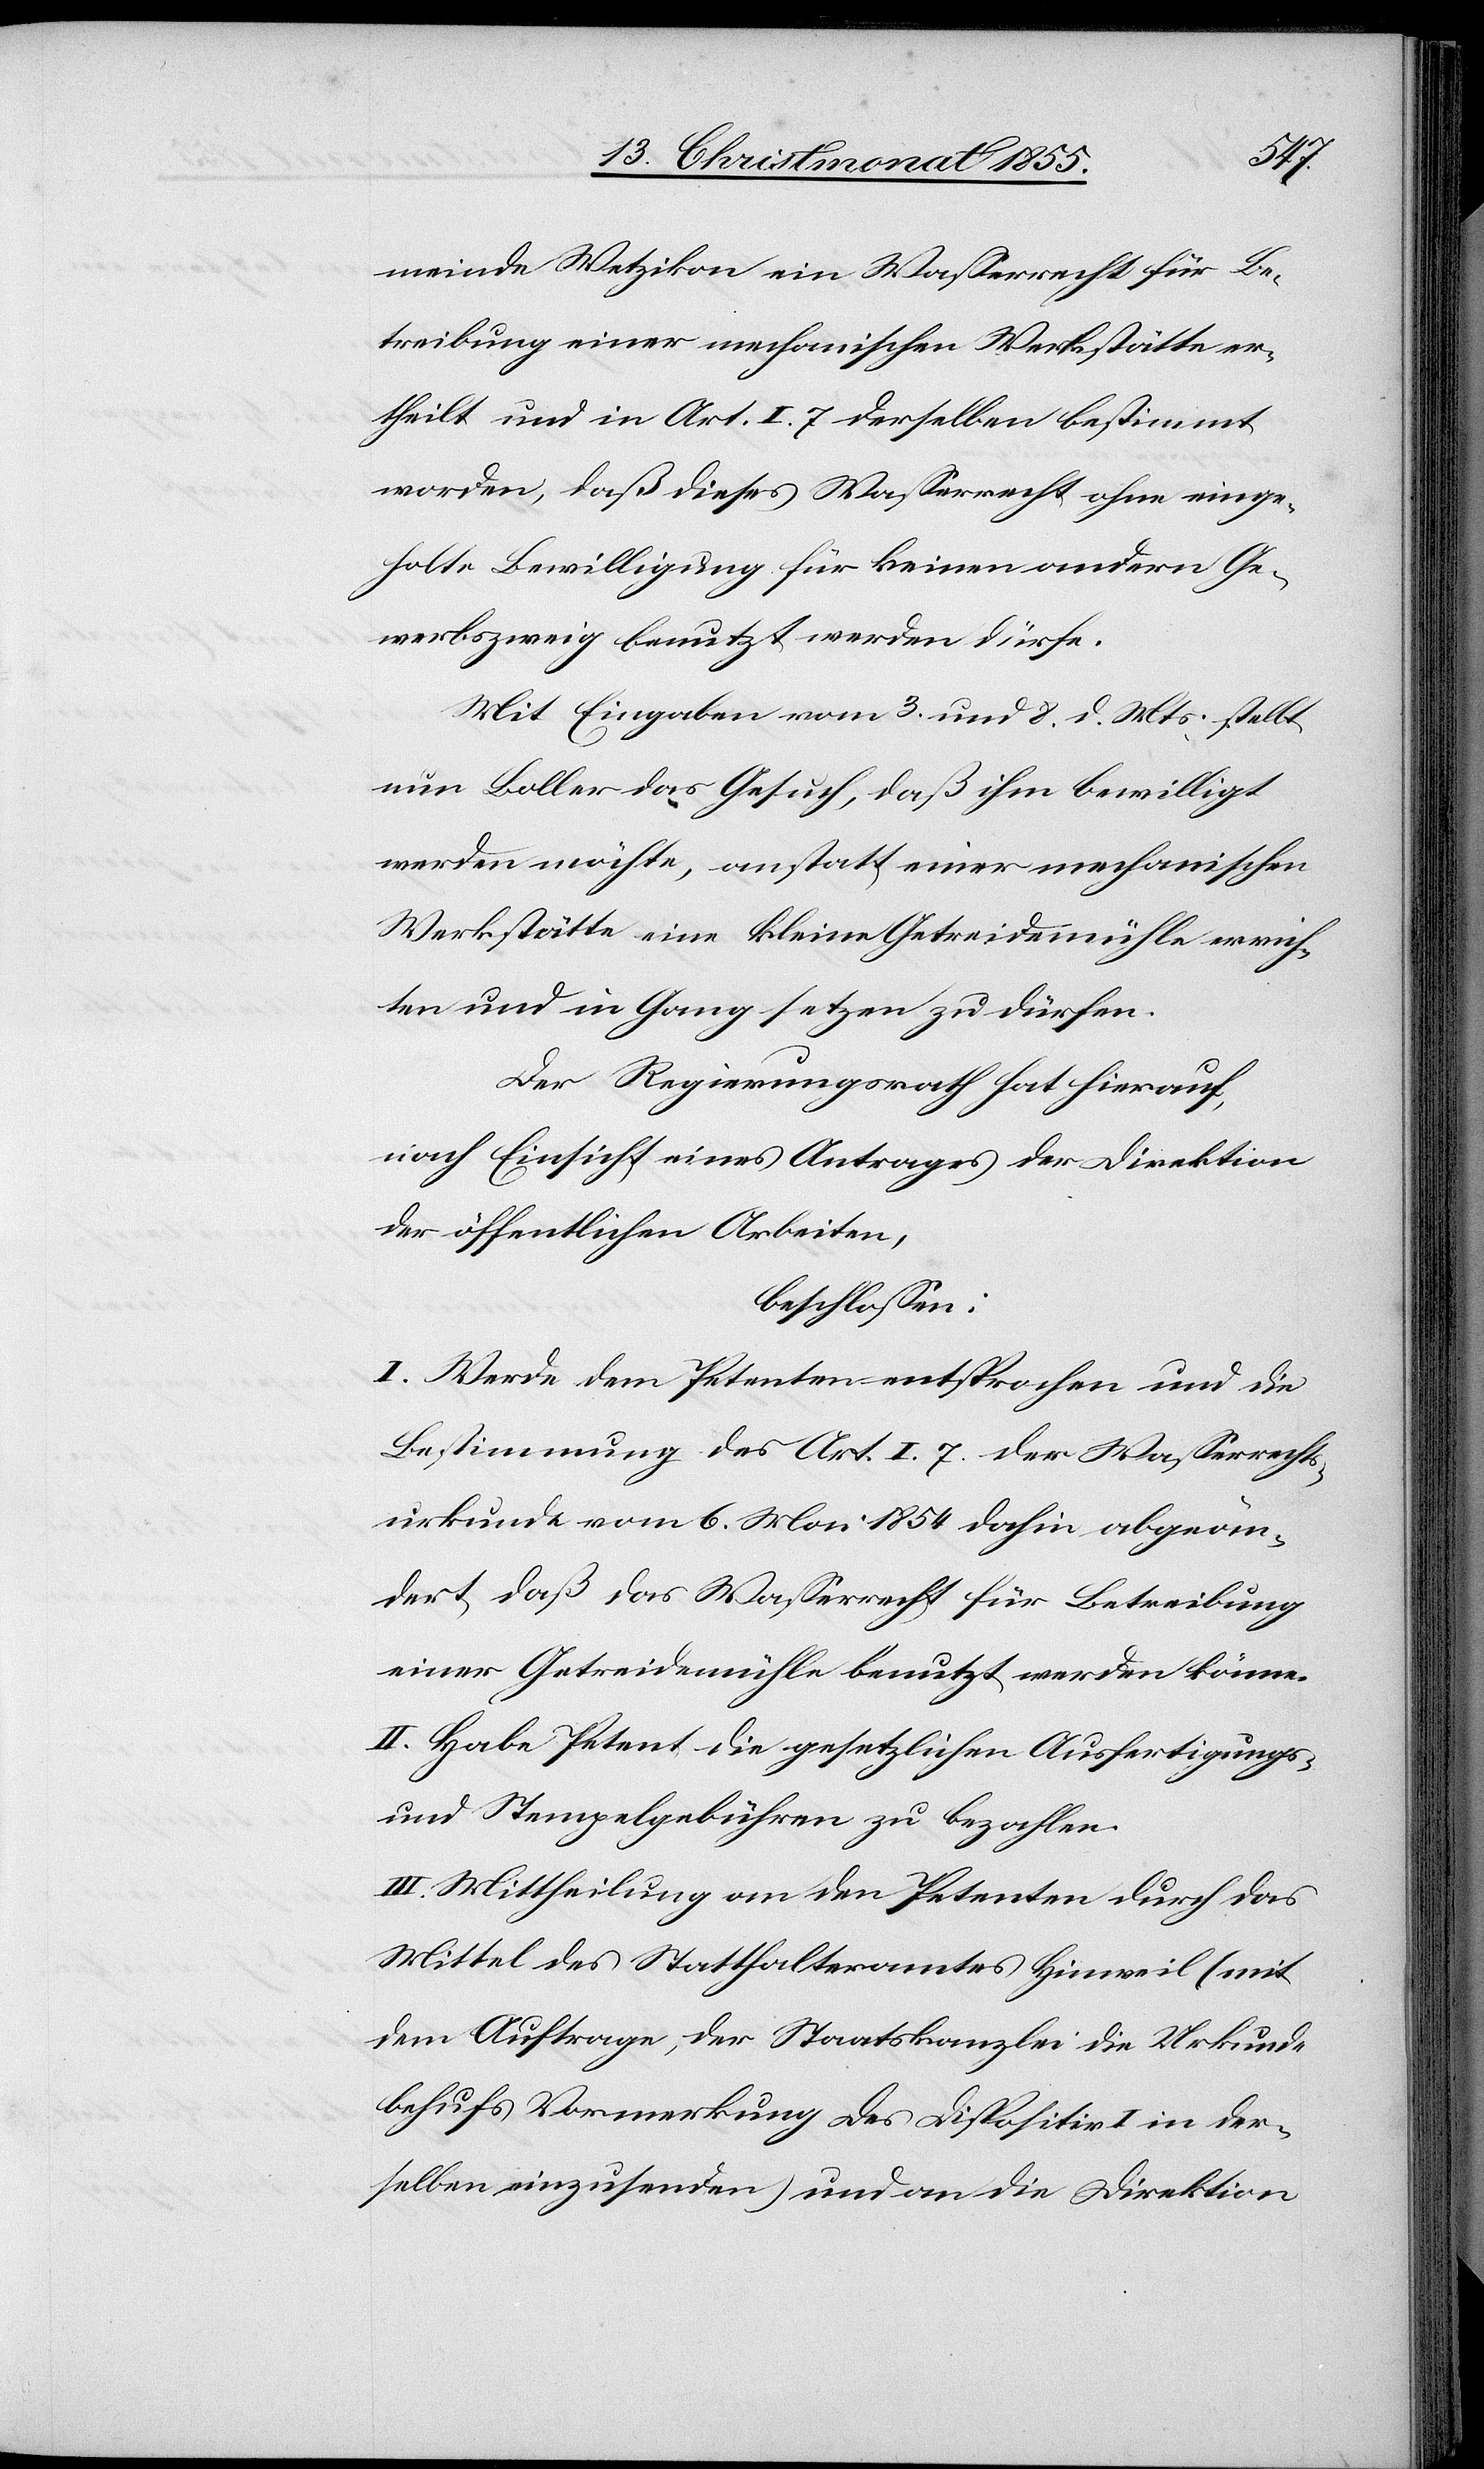
meinde Wetzikon ein Wasserrecht für Be¬
treibung einer mechanischen Werkstätte er¬
theilt und in Art. I. 7 derselben bestimmt
worden, daß dieses Wasserrecht ohne einge¬
holte Bewilligung für keinen andern Ge¬
werbszweig benutzt werden dürfe.
Mit Eingaben vom 3. und 8. d. Mts. stellt
nun Boller das Gesuch, daß ihm bewilligt
werden möchte, anstatt einer mechanischen
Werkstätte eine kleine Getreidemühle errich¬
ten und in Gang setzen zu dürfen.
Der Regierungsrath hat hierauf,
nach Einsicht eines Antrages der Direktion
der öffentlichen Arbeiten,
beschlossen:
I. Werde dem Petenten entsprochen und die
Bestimmung des Art. I. 7. der Wasserrechts¬
urkunde vom 6. Mai 1854 dahin abgeän¬
dert, daß das Wasserrecht für Betreibung
einer Getreidemühle benutzt werden könne.
II. Habe Petent die gesetzlichen Ausfertigungs-
und Stempelgebühren zu bezahlen.
III. Mittheilung an den Petenten durch das
Mittel des Statthalteramtes Hinweil (mit
dem Auftrage, der Staatskanzlei die Urkunde
behufs Vormerkung des Dispositiv I in der¬
selben einzusenden) und an die Direktion